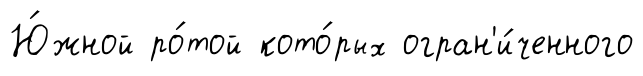
Ю́жной ро́той кото́рых огран'и́ченного